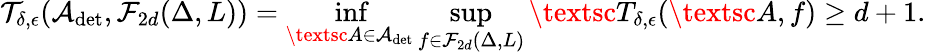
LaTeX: \mathcal{T}_{\delta,\epsilon}(\mathcal{A}_{\operatorname*{det}},\mathcal{F}_{2d}(\Delta,L))=\operatorname*{inf}_{\textsc{A}\in\mathcal{A}_{\operatorname*{det}}}\operatorname*{sup}_{f\in\mathcal{F}_{2d}(\Delta,L)}\textsc{T}_{\delta,\epsilon}(\textsc{A},f)\geq d+1.